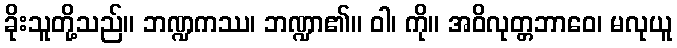
ခိုးသူတို့သည်။ ဘဏ္ဍကဿ၊ ဘဏ္ဍာ၏။ ဝါ၊ ကို။ အဝိလုတ္တဘာဝေ၊ မလုယူ